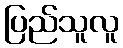
ပြည်သူလူ